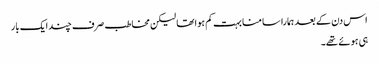
اس دن کے بعد ہمارا سامنا بہت کم ہوا تھا لیکن مخاطب صرف چند ایک بار
ہی ہوئے تھے۔